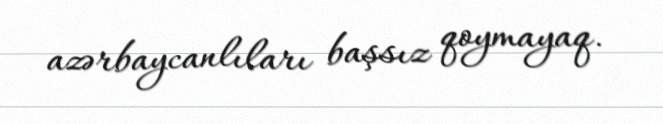
azərbaycanlıları başsız qoymayaq.